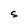
Character: S